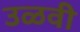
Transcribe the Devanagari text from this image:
उळवी